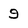
Character: 9